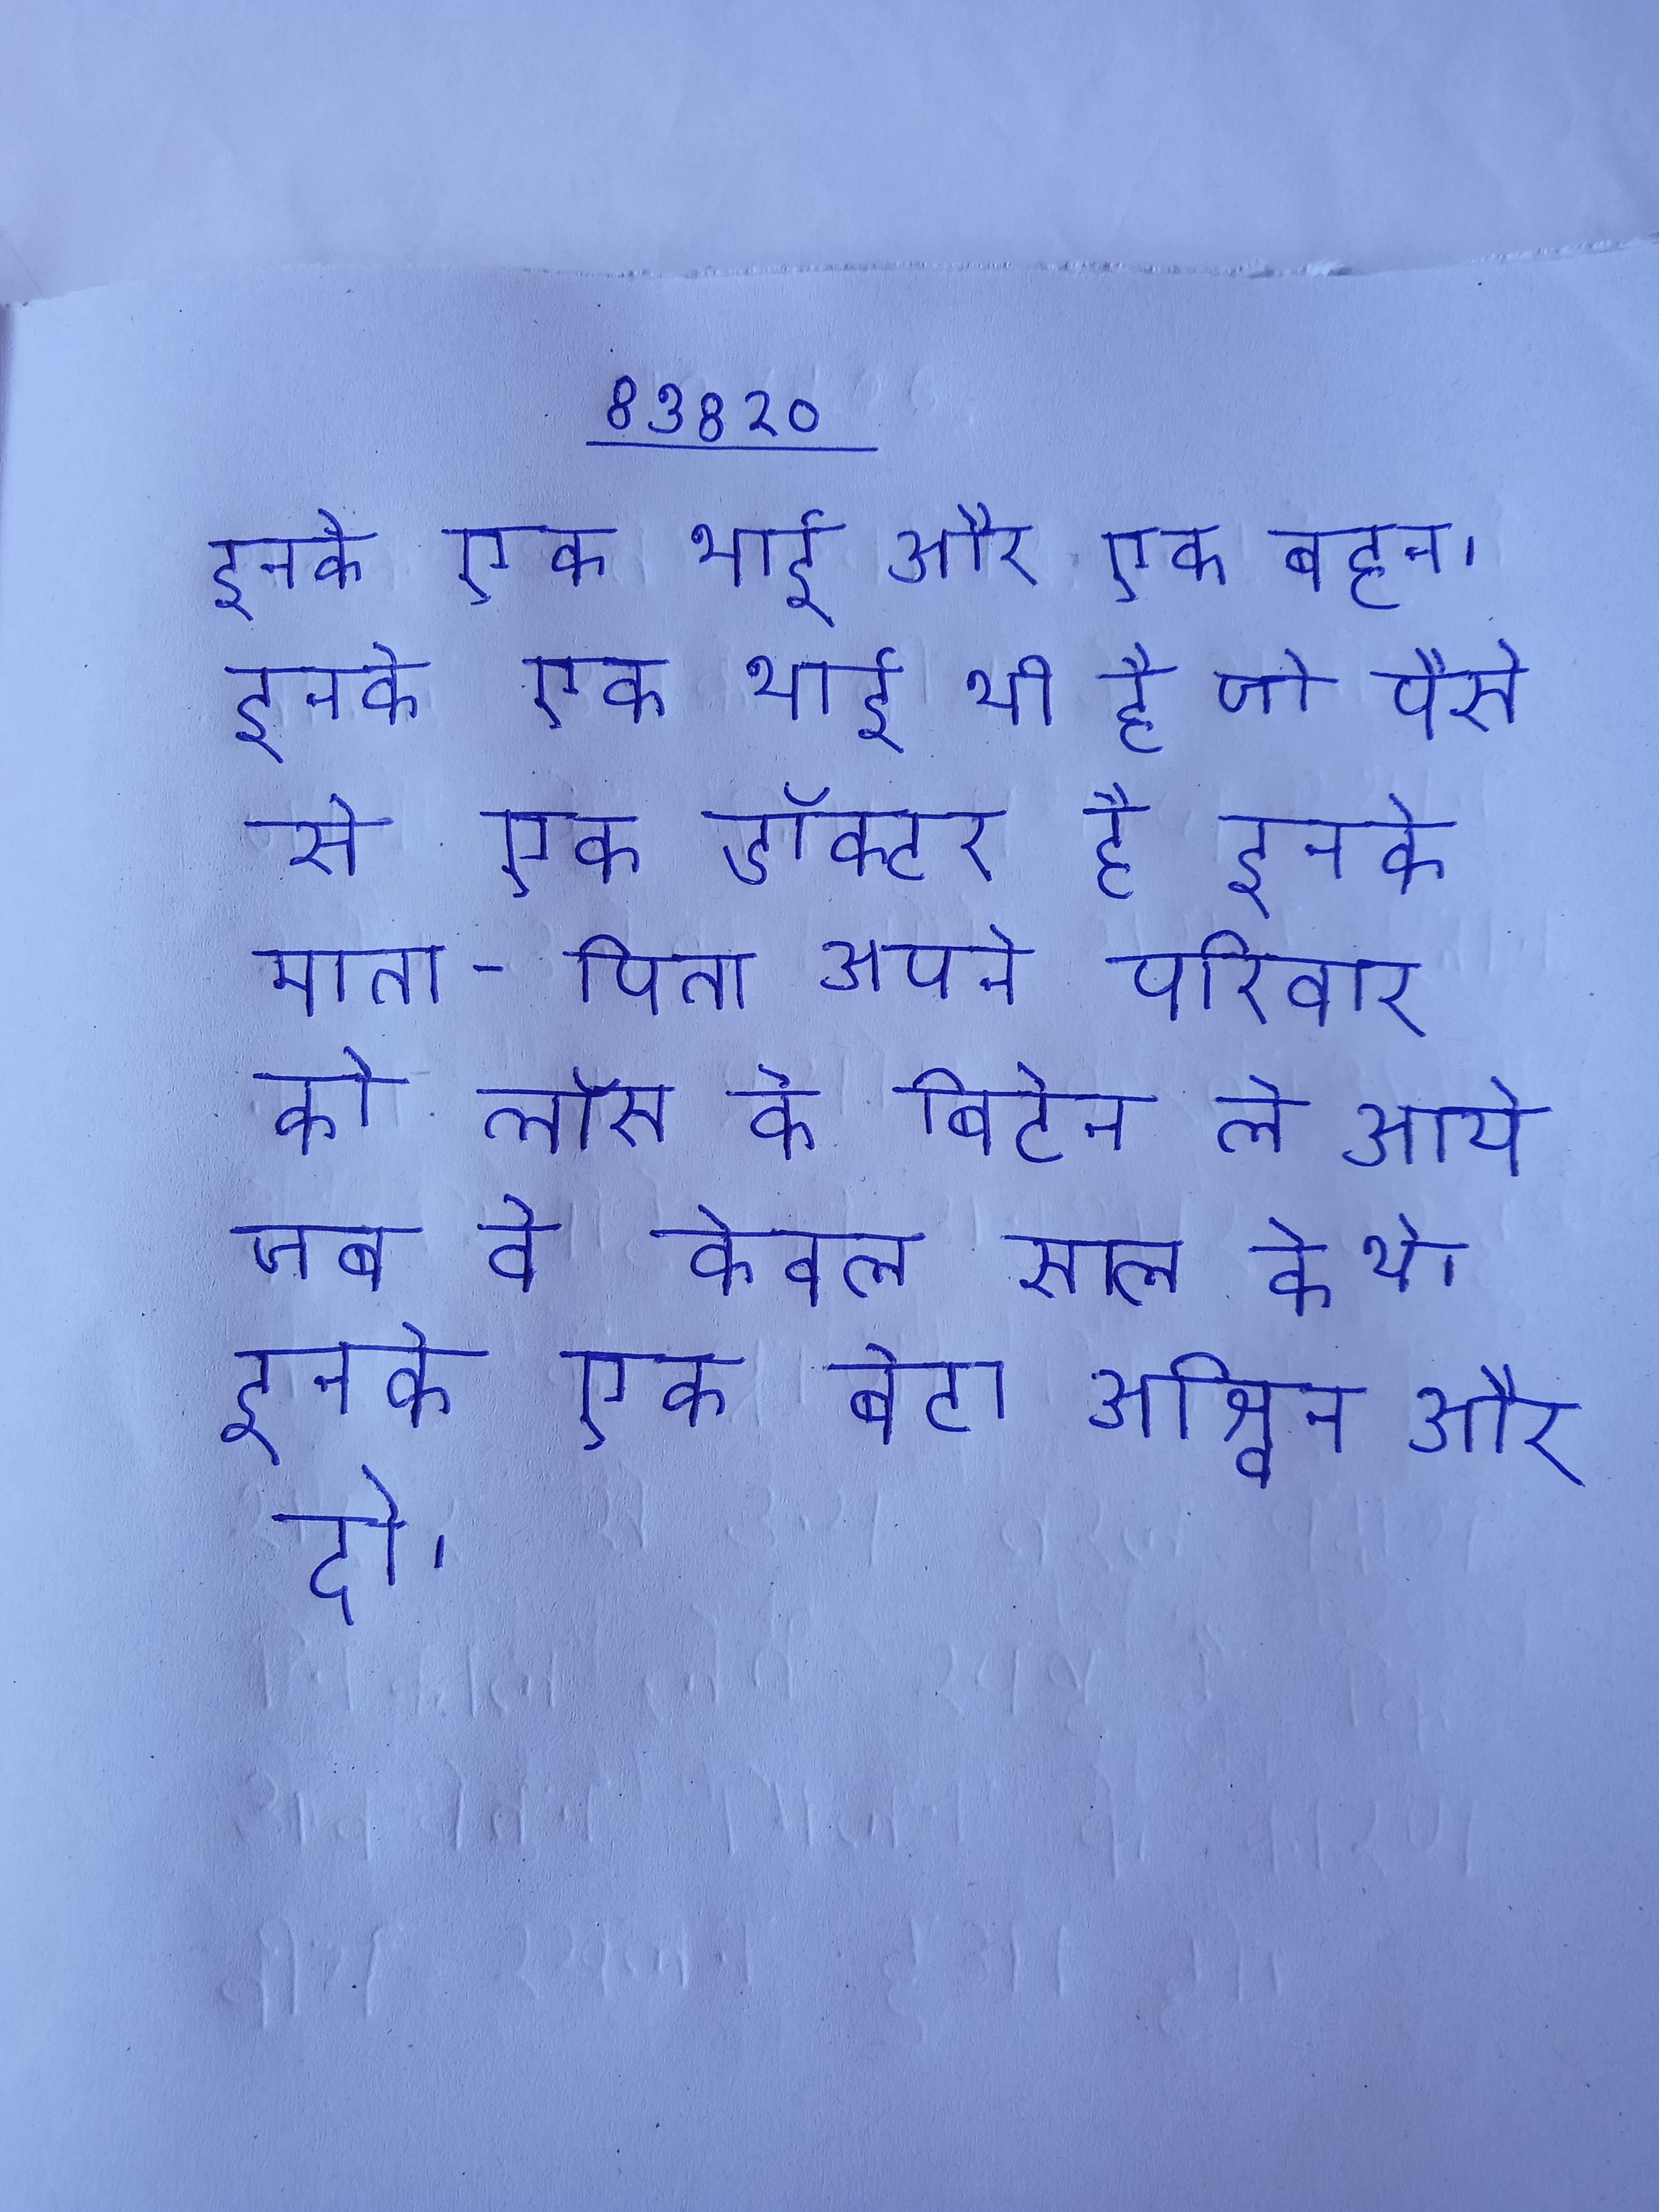
इनके एक भाई और एक बहन । इनके एक भाई भी है जो पैसे से एक डॉक्टर है इनके माता-पिता अपने परिवार को लॉस से ब्रिटेन ले आये जब बे केवल साल के थे । इनके एक बेटा अश्विन और दो ।